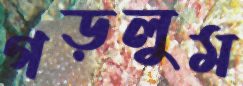
গড়লুম